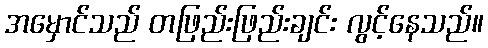
အမှောင်သည် တဖြည်းဖြည်းချင်း လွင့်နေသည်။